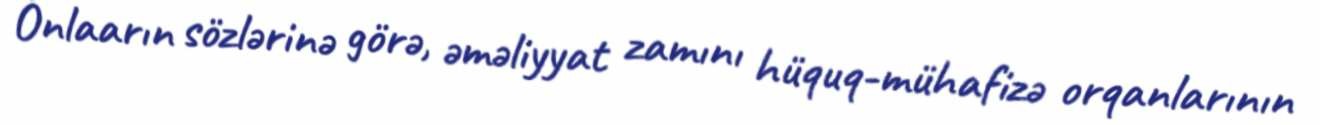
Onlaarın sözlərinə görə, əməliyyat zamını hüquq-mühafizə orqanlarının